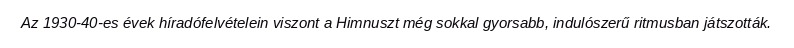
Az 1930-40-es évek híradófelvételein viszont a Himnuszt még sokkal gyorsabb, indulószerű ritmusban játszották.